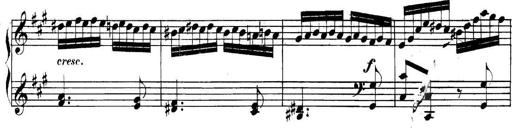
Title: Collected Piano Sonatas
Composer: Muzio Clementi